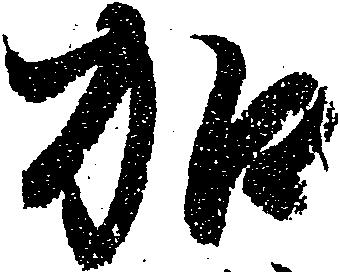
加